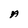
Character: A